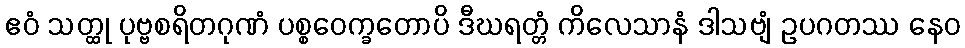
ဧဝံ သတ္ထု ပုဗ္ဗစရိတဂုဏံ ပစ္စဝေက္ခတောပိ ဒီဃရတ္တံ ကိလေသာနံ ဒါသဗျံ ဥပဂတဿ နေဝ